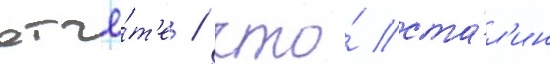
отчё́т'е / что́ ста́л'ин